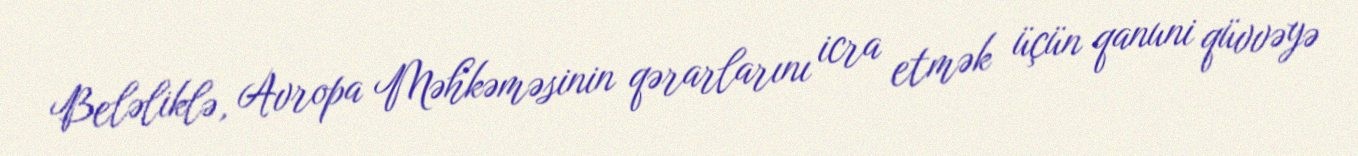
Beləliklə, Avropa Məhkəməsinin qərarlarını icra etmək üçün qanuni qüvvəyə